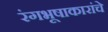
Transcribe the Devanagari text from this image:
रंगभूषाकारांचे